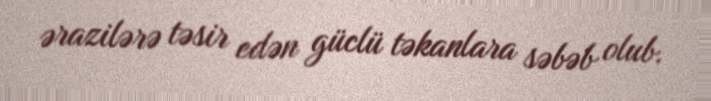
ərazilərə təsir edən güclü təkanlara səbəb olub.